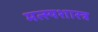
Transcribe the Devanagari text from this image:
मत्स्यशास्त्र